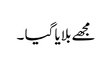
مجھے بلایا گیا ۔